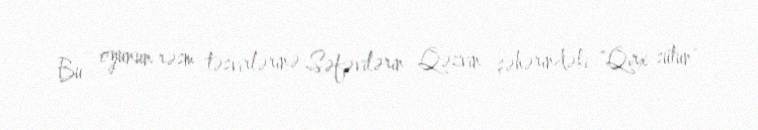
Bu oyunun rəsm təsvirlərinə Səfəvilərin Qəzvin şəhərindəki "Qırx sütun"